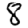
Digit: 8